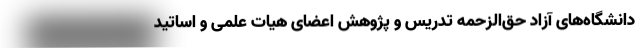
دانشگاه‌های آزاد حق‌الزحمه تدریس و پژوهش اعضای هیات علمی و اساتید